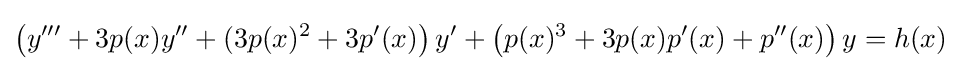
\left(y'''+3p(x)y''+(3p(x)^{2}+3p'(x)\right)y'+\left(p(x)^{3}+3p(x)p'(x)+p''(x)\right)y=h(x)